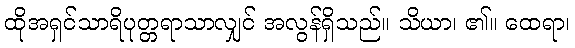
ထိုအရှင်သာရိပုတ္တရာသာလျှင် အလွန်ရှိသည်။ သိယာ၊ ၏။ ထေရာ၊